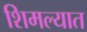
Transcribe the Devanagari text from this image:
शिमल्यात